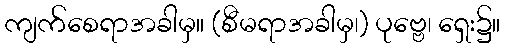
ကျက်စေရာအခါမှ။ (စီမရာအခါမှ၊) ပုဗ္ဗေ၊ ရှေး၌။